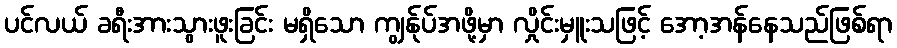
ပင်လယ် ခရီးအားသွားဖူးခြင်း မရှိသော ကျွန်ုပ်အဖို့မှာ လှိုင်းမှူးသဖြင့် အော့အန်နေသည်ဖြစ်ရာ